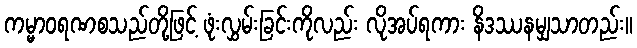
ကမ္မာဝရဏစသည်တို့ဖြင့် ဖုံးလွှမ်းခြင်းကိုလည်း လိုအပ်ရကား နိဒဿနမျှသာတည်း။